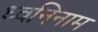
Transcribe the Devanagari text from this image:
ध्वनिनाम